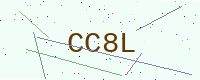
Text: CC8L